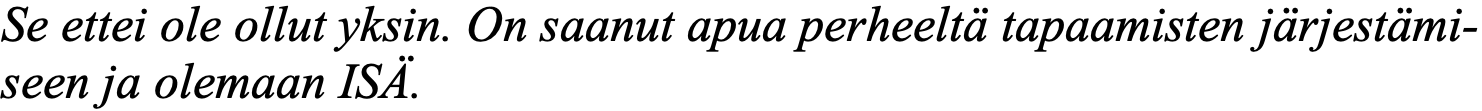
Se ettei ole ollut yksin. On saanut apua perheeltä tapaamisten järjestämi- seen ja olemaan ISÄ.